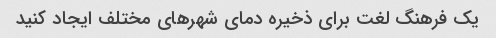
یک فرهنگ لغت برای ذخیره دمای شهرهای مختلف ایجاد کنید